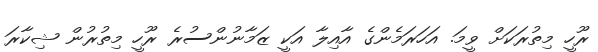
ރޫހީ މިތުރަކަށް ވީމަ. އަހަރަމެންގެ އާއިލާ އަކީ ޒަމާނުންސުރެ ރޫހީ މިތުރުން ޝިކާރަ